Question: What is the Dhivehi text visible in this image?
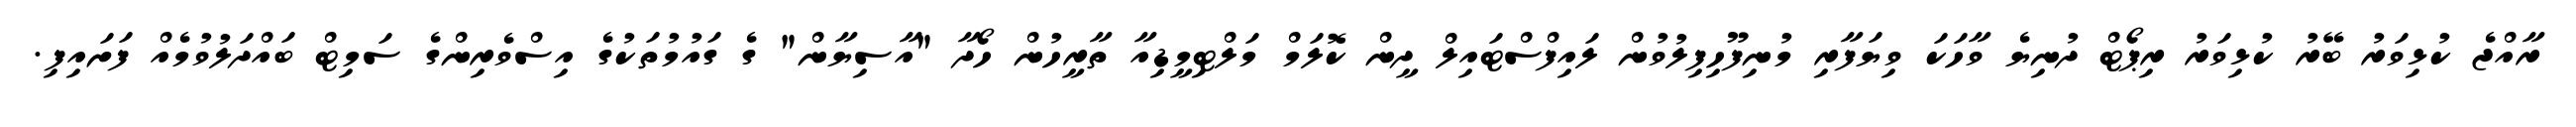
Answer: ރާއްޖެ ކުޅިވަރު ބޭރު ކުޅިވަރު ރިޕޯޓް ދުނިޔެ ވާހަކަ ވިޔަފާރި މުނިފޫހިފިލުވުން ލައިފްސްޓައިލް ދީން ކޮލަމް މަލްޓިމީޑިއާ ތާރީހުން ހޯދާ "އާސިޔާން" ގެ ގައުމުތަކުގެ އިސްވެރިންގެ ސަމިޓް ބައްދަލުވުމެއް ފަށައިފި.